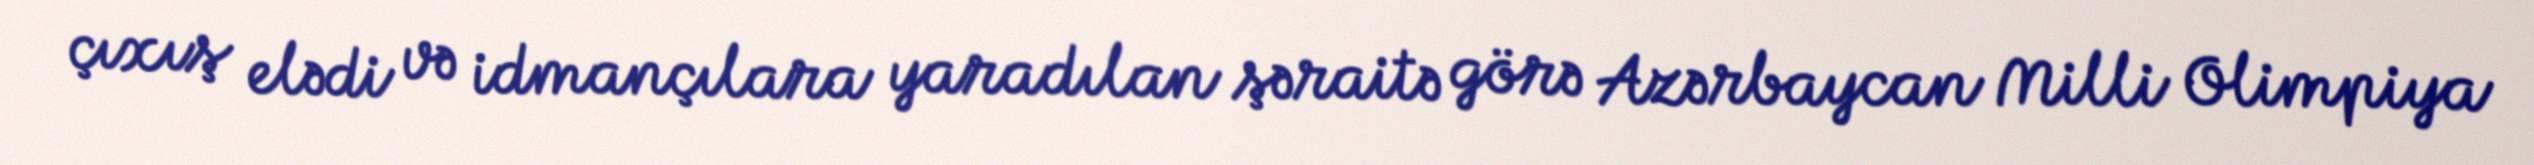
çıxış elədi və idmançılara yaradılan şəraitə görə Azərbaycan Milli Olimpiya